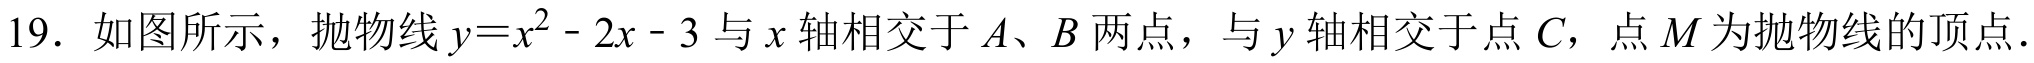
19. 如图所示，抛物线\(y = x^{2}-2x - 3\)与\(x\)轴相交于\(A、B\)两点，与\(y\)轴相交于点\(C\)，点\(M\)为抛物线的顶点．